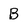
Character: B